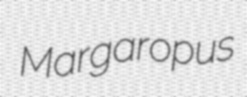
Margaropus